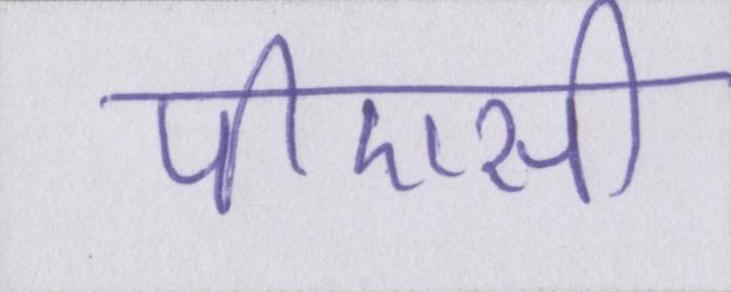
पीएसी